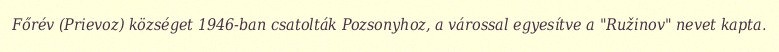
Főrév (Prievoz) községet 1946-ban csatolták Pozsonyhoz, a várossal egyesítve a "Ružinov" nevet kapta.